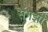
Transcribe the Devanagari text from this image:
संगझी